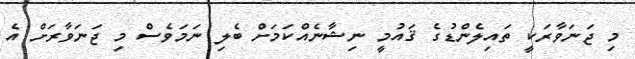
މި ޖަނަވާރަކީ ތައިލެންޑުގެ ޤައުމީ ނިޝާނެއްކަމަށް ބެލި ނަމަވެސް މި ޖަނަވާރަށް އެ